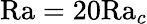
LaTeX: \textrm{Ra}=20\textrm{Ra}_{c}